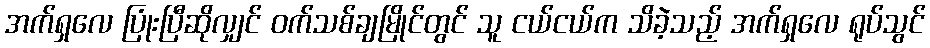
အက်ရှလေ ပြုံးပြီဆိုလျှင် ဝက်သစ်ချမြိုင်တွင် သူ ငယ်ငယ်က သိခဲ့သည့် အက်ရှလေ ရုပ်သွင်